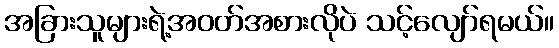
အခြားသူများရဲ့အဝတ်အစားလိုပဲ သင့်လျော်ရမယ်။